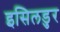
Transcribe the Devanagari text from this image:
इसिलडुर